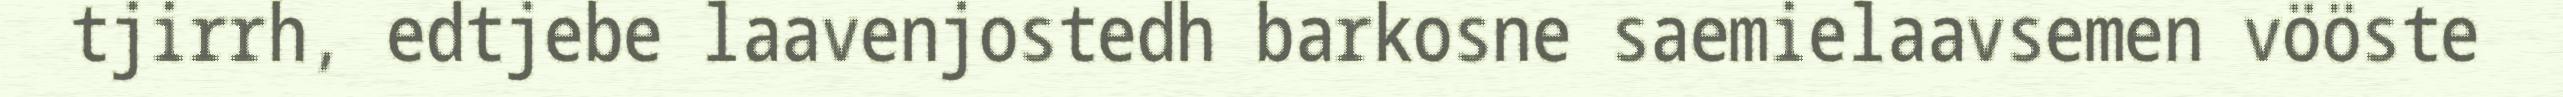
tjirrh, edtjebe laavenjostedh barkosne saemielaavsemen vööste